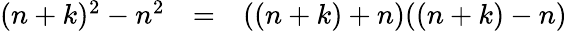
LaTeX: \begin{array}{lcl}{(n+k)^{2}-n^{2}}&{=}&{((n+k)+n)((n+k)-n)}\end{array}